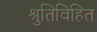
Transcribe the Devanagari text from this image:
श्रुतिविहित